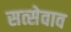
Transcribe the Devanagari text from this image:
सत्सेवाव